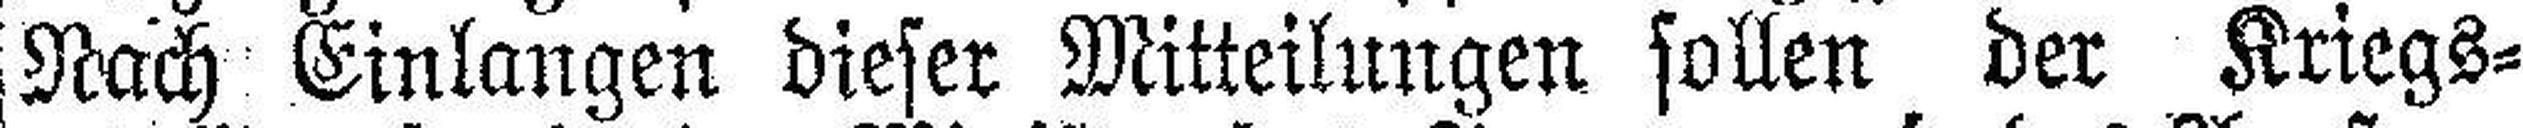
Nach Einlangen dieser Mitteilungen sollen der Kriegs¬